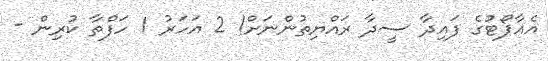
އެއާޕޯޓުގެ ފައިދާ ސީދާ ރައްޔިތުންނަށް! 2 އަހަރު 1 ހަފްތާ ކުރިން -